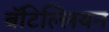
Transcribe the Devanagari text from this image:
बॅटिल्लियन